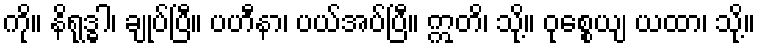
ကို။ နိရုဒ္ဓါ၊ ချုပ်ပြီ။ ပဟီနာ၊ ပယ်အပ်ပြီ။ ဣတိ၊ သို့။ ဝုစ္စေယျ ယထာ၊ သို့။